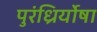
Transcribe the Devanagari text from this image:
पुरंध्रिर्योषा